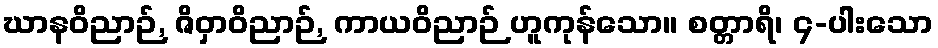
ဃာနဝိညာဉ်, ဇိဝှာဝိညာဉ်, ကာယဝိညာဉ် ဟူကုန်သော။ စတ္တာရိ၊ ၄-ပါးသော